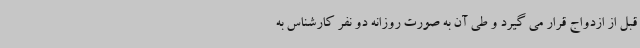
قبل از ازدواج قرار می گیرد و طی آن به صورت روزانه دو نفر کارشناس به